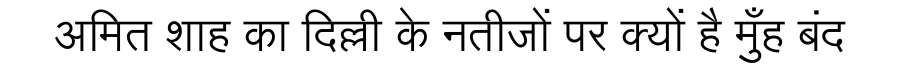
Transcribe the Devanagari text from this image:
अमित शाह का दिल्ली के नतीजों पर क्यों है मुँह बंद